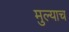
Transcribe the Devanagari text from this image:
मुल्याच